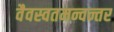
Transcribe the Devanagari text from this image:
वैवस्वतमन्वन्तर